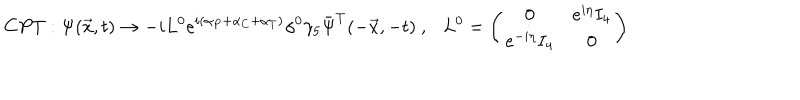
LaTeX: C P T : \Psi ( \vec { x } , t ) \rightarrow - i L ^ { 0 } e ^ { i ( \alpha _ { P } + \alpha _ { C } + \alpha _ { T } ) } \gamma ^ { 0 } \gamma _ { 5 } \bar { \Psi } ^ { T } ( - \vec { x } , - t ) ~ , L ^ { 0 } = \left( \begin{array} { c c } { { 0 } } & { { e ^ { i \eta } I _ { 4 } } } \\ { { e ^ { - i \eta } I _ { 4 } } } & { { 0 } } \\ \end{array} \right)